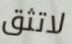
لاتثق